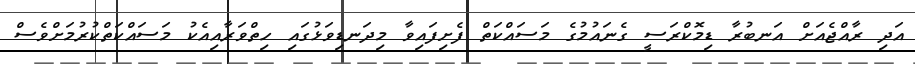
އަދި ރާއްޖެއަށް އަނބުރާ ޑިމޮކްރަސީ ގެެނައުމުގެ މަސައްކަތް ފެށިފައިވާ މިދަނޑިވަޅުގައި ހިތްވަރާއިއެކު މަސައްކަތްކުރުމަށްވެސް